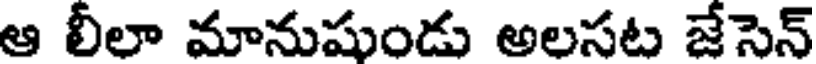
ఆ లీలా మానుషుండు అలసట జేసెన్